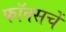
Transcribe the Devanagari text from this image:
फॉक्सचें